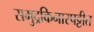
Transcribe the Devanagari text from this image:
समुद्रकिनारपट्टीत